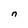
Character: n